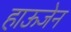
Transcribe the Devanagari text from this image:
हाऊजेन